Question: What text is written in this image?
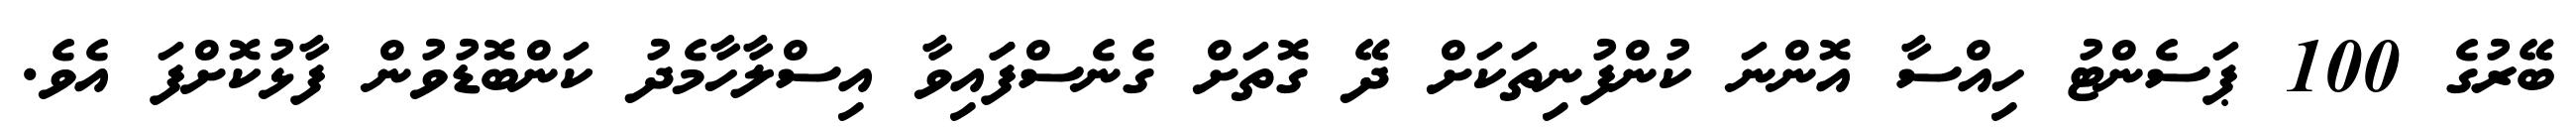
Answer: ބޭރުގެ 100 ޕަސެންޓު ހިއްސާ އޮންނަ ކުންފުނިތަކަށް ދޭ ގޮތަށް ގެނެސްފަައިވާ އިސްލާހާމެދު ކަންބޮޑުވުން ފާޅުކޮށްފަ އެވެ.